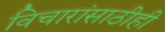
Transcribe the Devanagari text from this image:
विचारांसाठीही